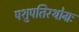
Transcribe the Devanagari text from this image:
पशुपतिरथोग्रः